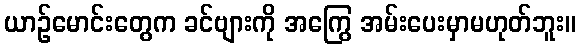
ယာဉ်မောင်းတွေက ခင်ဗျားကို အကြွေ အမ်းပေးမှာမဟုတ်ဘူး။